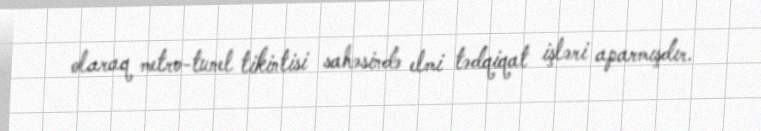
olaraq metro-tunel tikintisi sahəsində elmi tədqiqat işləri aparmışdır.